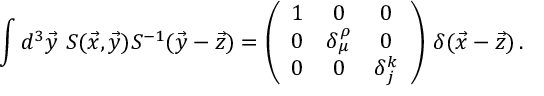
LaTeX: \int d ^ { 3 } \vec { y } \, \, S ( \vec { x } , \vec { y } ) S ^ { - 1 } ( \vec { y } - \vec { z } ) = \left( \begin{array} { c c c } { { 1 } } & { { 0 } } & { { 0 } } \\ { { 0 } } & { { \delta _ { \mu } ^ { \rho } } } & { { 0 } } \\ { { 0 } } & { { 0 } } & { { \delta _ { j } ^ { k } } } \end{array} \right) \, \delta ( \vec { x } - \vec { z } ) \, .